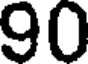
90